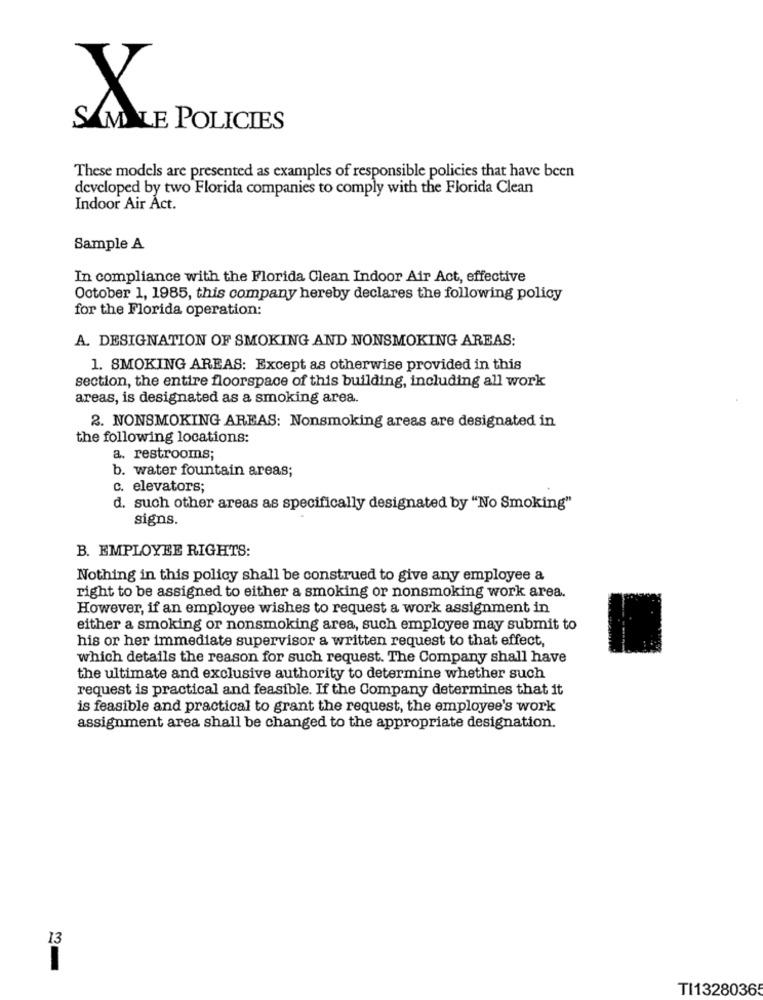
X
SAMALE POLICIES
These models are presented as examples of responsible policies that have been
developed by two Florida companies to comply with the Florida Clean
Indoor Air Act.
Sample A
In compliance with the Florida Clean Indoor Air Act, effective
October 1, 1985, this company hereby declares the following policy
for the Florida operation:
A. DESIGNATION OF SMOKING AND NONSMOKING AREAS:
1. SMOKING AREAS: Except as otherwise provided in this
section, the entire floorspace of this building, including all work
areas, is designated as a smoking area.
2. NONSMOKING AREAS: Nonsmoking areas are designated in
the following locations:
a. restrooms;
b. water fountain areas;
c. elevators;
d. such other areas as specifically designated by "No Smoking"
signs.
B. EMPLOYEE RIGHTS:
Nothing in this policy shall be construed to give any employee a
right to be assigned to either a smoking or nonsmoking work area.
However, if an employee wishes to request a work assignment in
either a smoking or nonsmoking area, such employee may submit to
his or her immediate supervisor a written request to that effect,
which details the reason for such request. The Company shall have
the ultimate and exclusive authority to determine whether such
request is practical and feasible. If the Company determines that it
is feasible and practical to grant the request, the employee's work
assignment area shall be changed to the appropriate designation.
13
2-
TI1328036